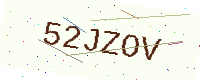
Text: 52JZOV